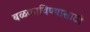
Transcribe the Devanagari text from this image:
बळकाविण्यासाठी